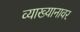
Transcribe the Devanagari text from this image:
व्याख्यानावर